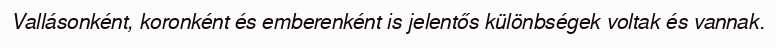
Vallásonként, koronként és emberenként is jelentős különbségek voltak és vannak.